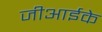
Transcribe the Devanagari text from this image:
जीआईके